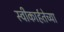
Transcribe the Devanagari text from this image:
स्वीकार्हतेच्या